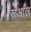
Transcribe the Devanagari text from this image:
रूआल